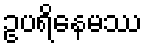
ဥပရိနေမဿ